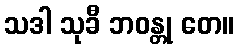
သဒါ သုခီ ဘဝန္တု တေ။